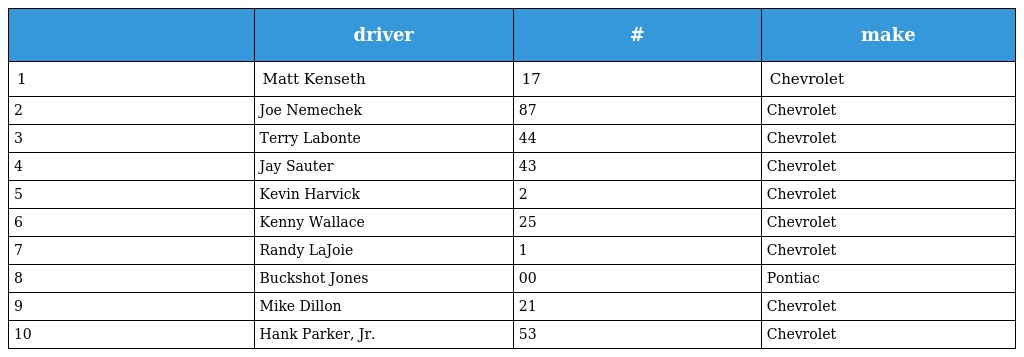
|  | driver | # | make |
 | --- | --- | --- | --- |
 | 1 | Matt Kenseth | 17 | Chevrolet |
 | 2 | Joe Nemechek | 87 | Chevrolet |
 | 3 | Terry Labonte | 44 | Chevrolet |
 | 4 | Jay Sauter | 43 | Chevrolet |
 | 5 | Kevin Harvick | 2 | Chevrolet |
 | 6 | Kenny Wallace | 25 | Chevrolet |
 | 7 | Randy LaJoie | 1 | Chevrolet |
 | 8 | Buckshot Jones | 00 | Pontiac |
 | 9 | Mike Dillon | 21 | Chevrolet |
 | 10 | Hank Parker, Jr. | 53 | Chevrolet |